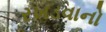
રખડવાનો